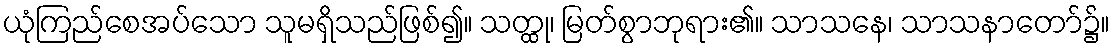
ယုံကြည်စေအပ်သော သူမရှိသည်ဖြစ်၍။ သတ္ထု၊ မြတ်စွာဘုရား၏။ သာသနေ၊ သာသနာတော်၌။